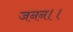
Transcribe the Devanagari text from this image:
जनन।।